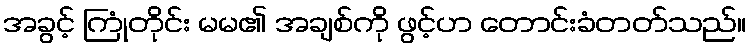
အခွင့် ကြုံတိုင်း မမ၏ အချစ်ကို ဖွင့်ဟ တောင်းခံတတ်သည်။